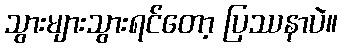
သွားများသွားရင်တော့ ပြဿနာပဲ။